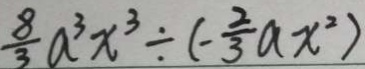
\frac { 8 } { 3 } a ^ { 3 } x ^ { 3 } \div ( - \frac { 2 } { 3 } a x ^ { 2 } )